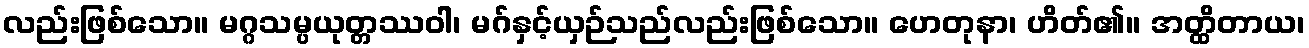
လည်းဖြစ်သော။ မဂ္ဂသမ္ပယုတ္တဿဝါ၊ မဂ်နှင့်ယှဉ်သည်လည်းဖြစ်သော။ ဟေတုနာ၊ ဟိတ်၏။ အတ္ထိတာယ၊